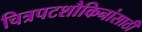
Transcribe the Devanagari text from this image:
चित्रपटशौकिनांसाठी